Jaan_Tonisson_(Lasteleht), lk 133
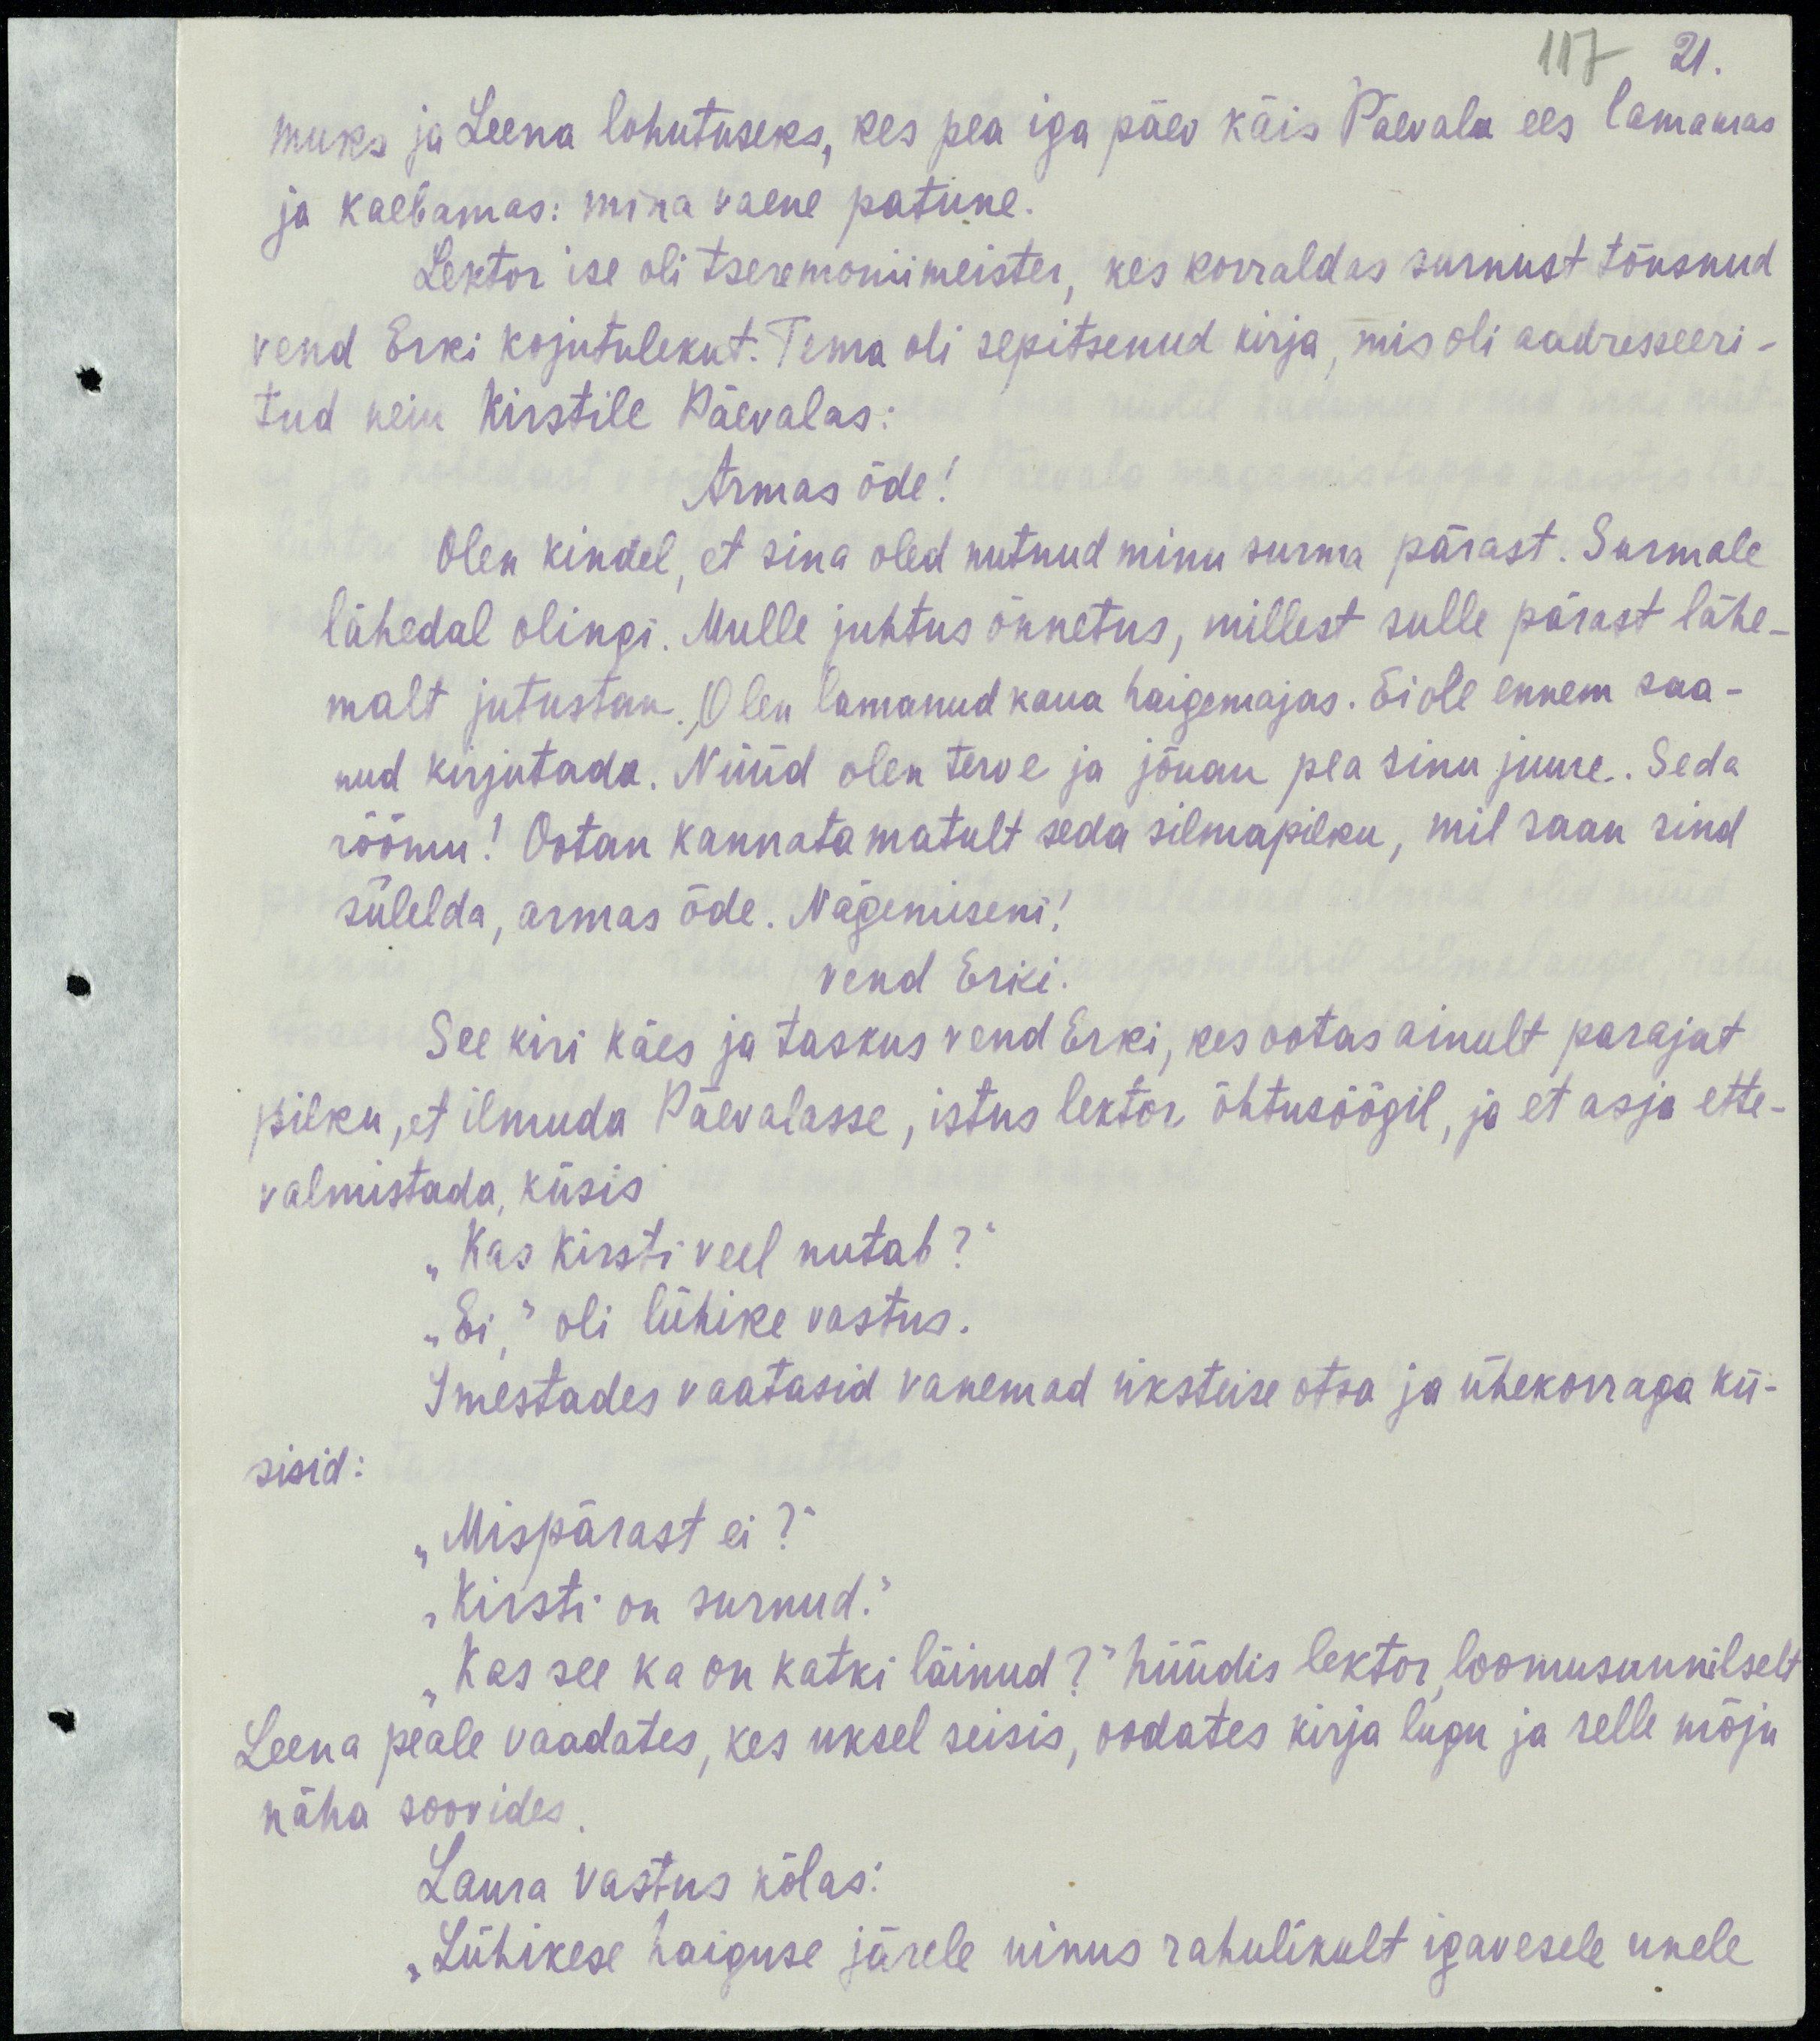
21.
117
muks ja Leena lohutuseks, kes pea iga päev käis Päevala ees lamamas
ja kaebamas: mina vaene patune.
Lektor ise oli tseremoniimeister, kes korraldas surnust tõusnud
vend Erki kojutulekut. Tema oli sepitsenud kirja, mis oli aadresseeri-
tud neiu Kirstile Päevalas:
Armas õde!
Olen kindel, et sina oled nutnud minu surma pärast. Surmale
lähedal olingi. Mulle juhtus õnnetus, millest sulle pärast lähe-
malt jutustan. Olen lamanud kaua haigemajas. Ei ole ennem saa-
nud kirjutada. Nüüd olen terve ja jõuan pea sinu juurde. Seda
rõõmu! Ootan kannatamatult seda silmapilku, mil saan sind
sülelda, armas õde. Nägemiseni!
vend Erki.
See kiri käes ja taskus vend Erki, kes ootas ainult parajat
pilku, et ilmuda Päevalasse, istus lektor õhtusöögil, ja et asja ette-
valmistada, küsis
„Kas Kirsti veel nutab?“
„Ei,“ oli lühike vastus.
Imestades vaatasid vanemad üksteise otsa ja ühekorraga kü-
sisid:
„Mispärast ei?“
„Kirsti on surnud.“
„Kas see ka on katki läinud?“ hüüdis lektor loomusunnilselt
Leena peale vaadates, kes uksel seisis, oodates kirja lugu ja selle mõju
näha soovides.
Laura vastus kõlas:
„Lühikese haiguse järele uinus rahulikult igavesele unele